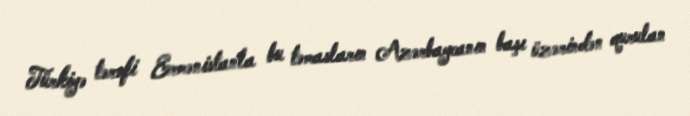
Türkiyə tərəfi Ermənistanla bu təmasların Azərbaycanın başı üzərindən qurulan